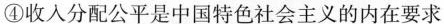
④收入分配公平是中国特色社会主义的内在要求